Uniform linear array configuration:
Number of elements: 16
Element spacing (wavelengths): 0.5
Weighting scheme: kaiser
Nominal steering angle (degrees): -15
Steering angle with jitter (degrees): -15.629
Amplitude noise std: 0.05
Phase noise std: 0.05

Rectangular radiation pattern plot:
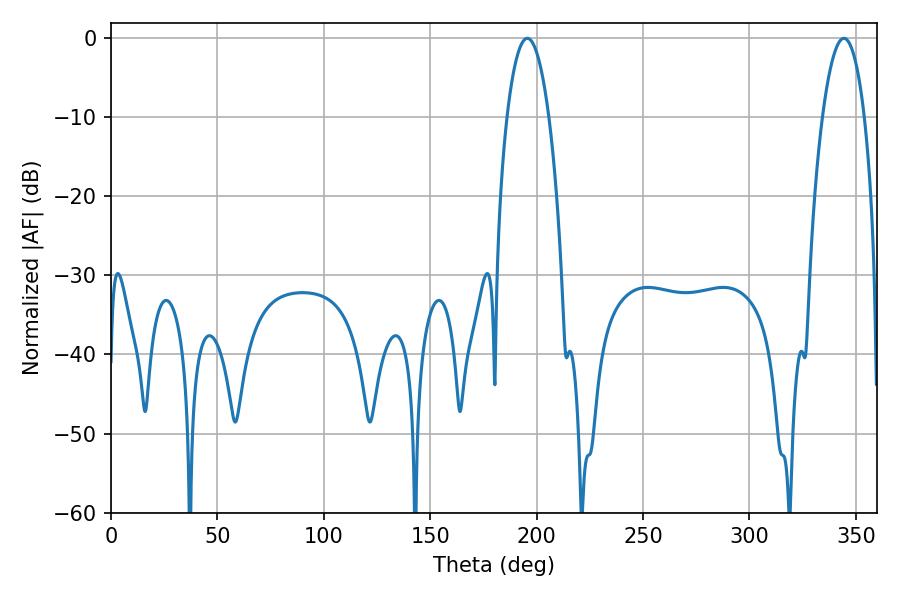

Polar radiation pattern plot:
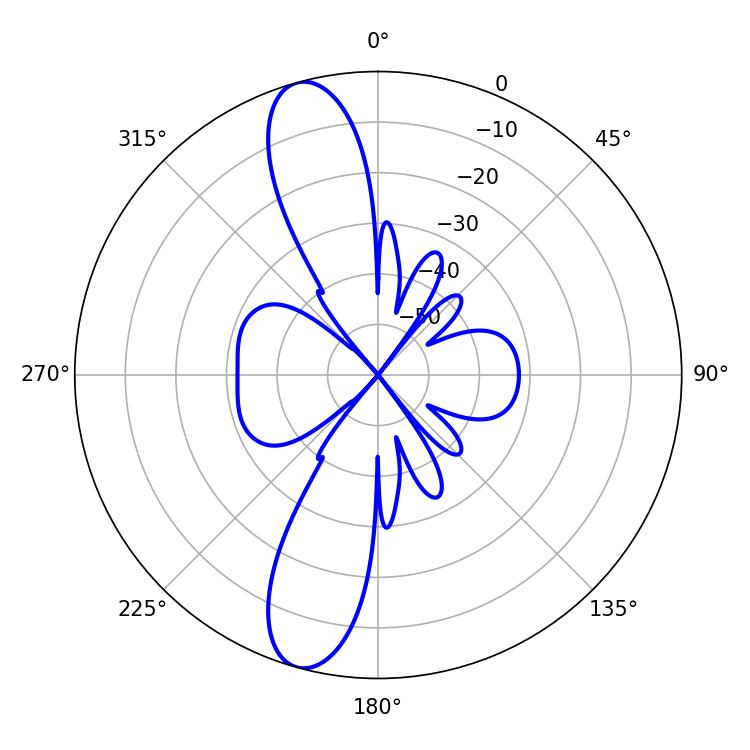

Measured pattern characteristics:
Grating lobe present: FALSE
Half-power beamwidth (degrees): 10.98
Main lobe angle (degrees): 344.34